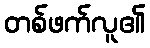
တစ်ဖက်လူ၏